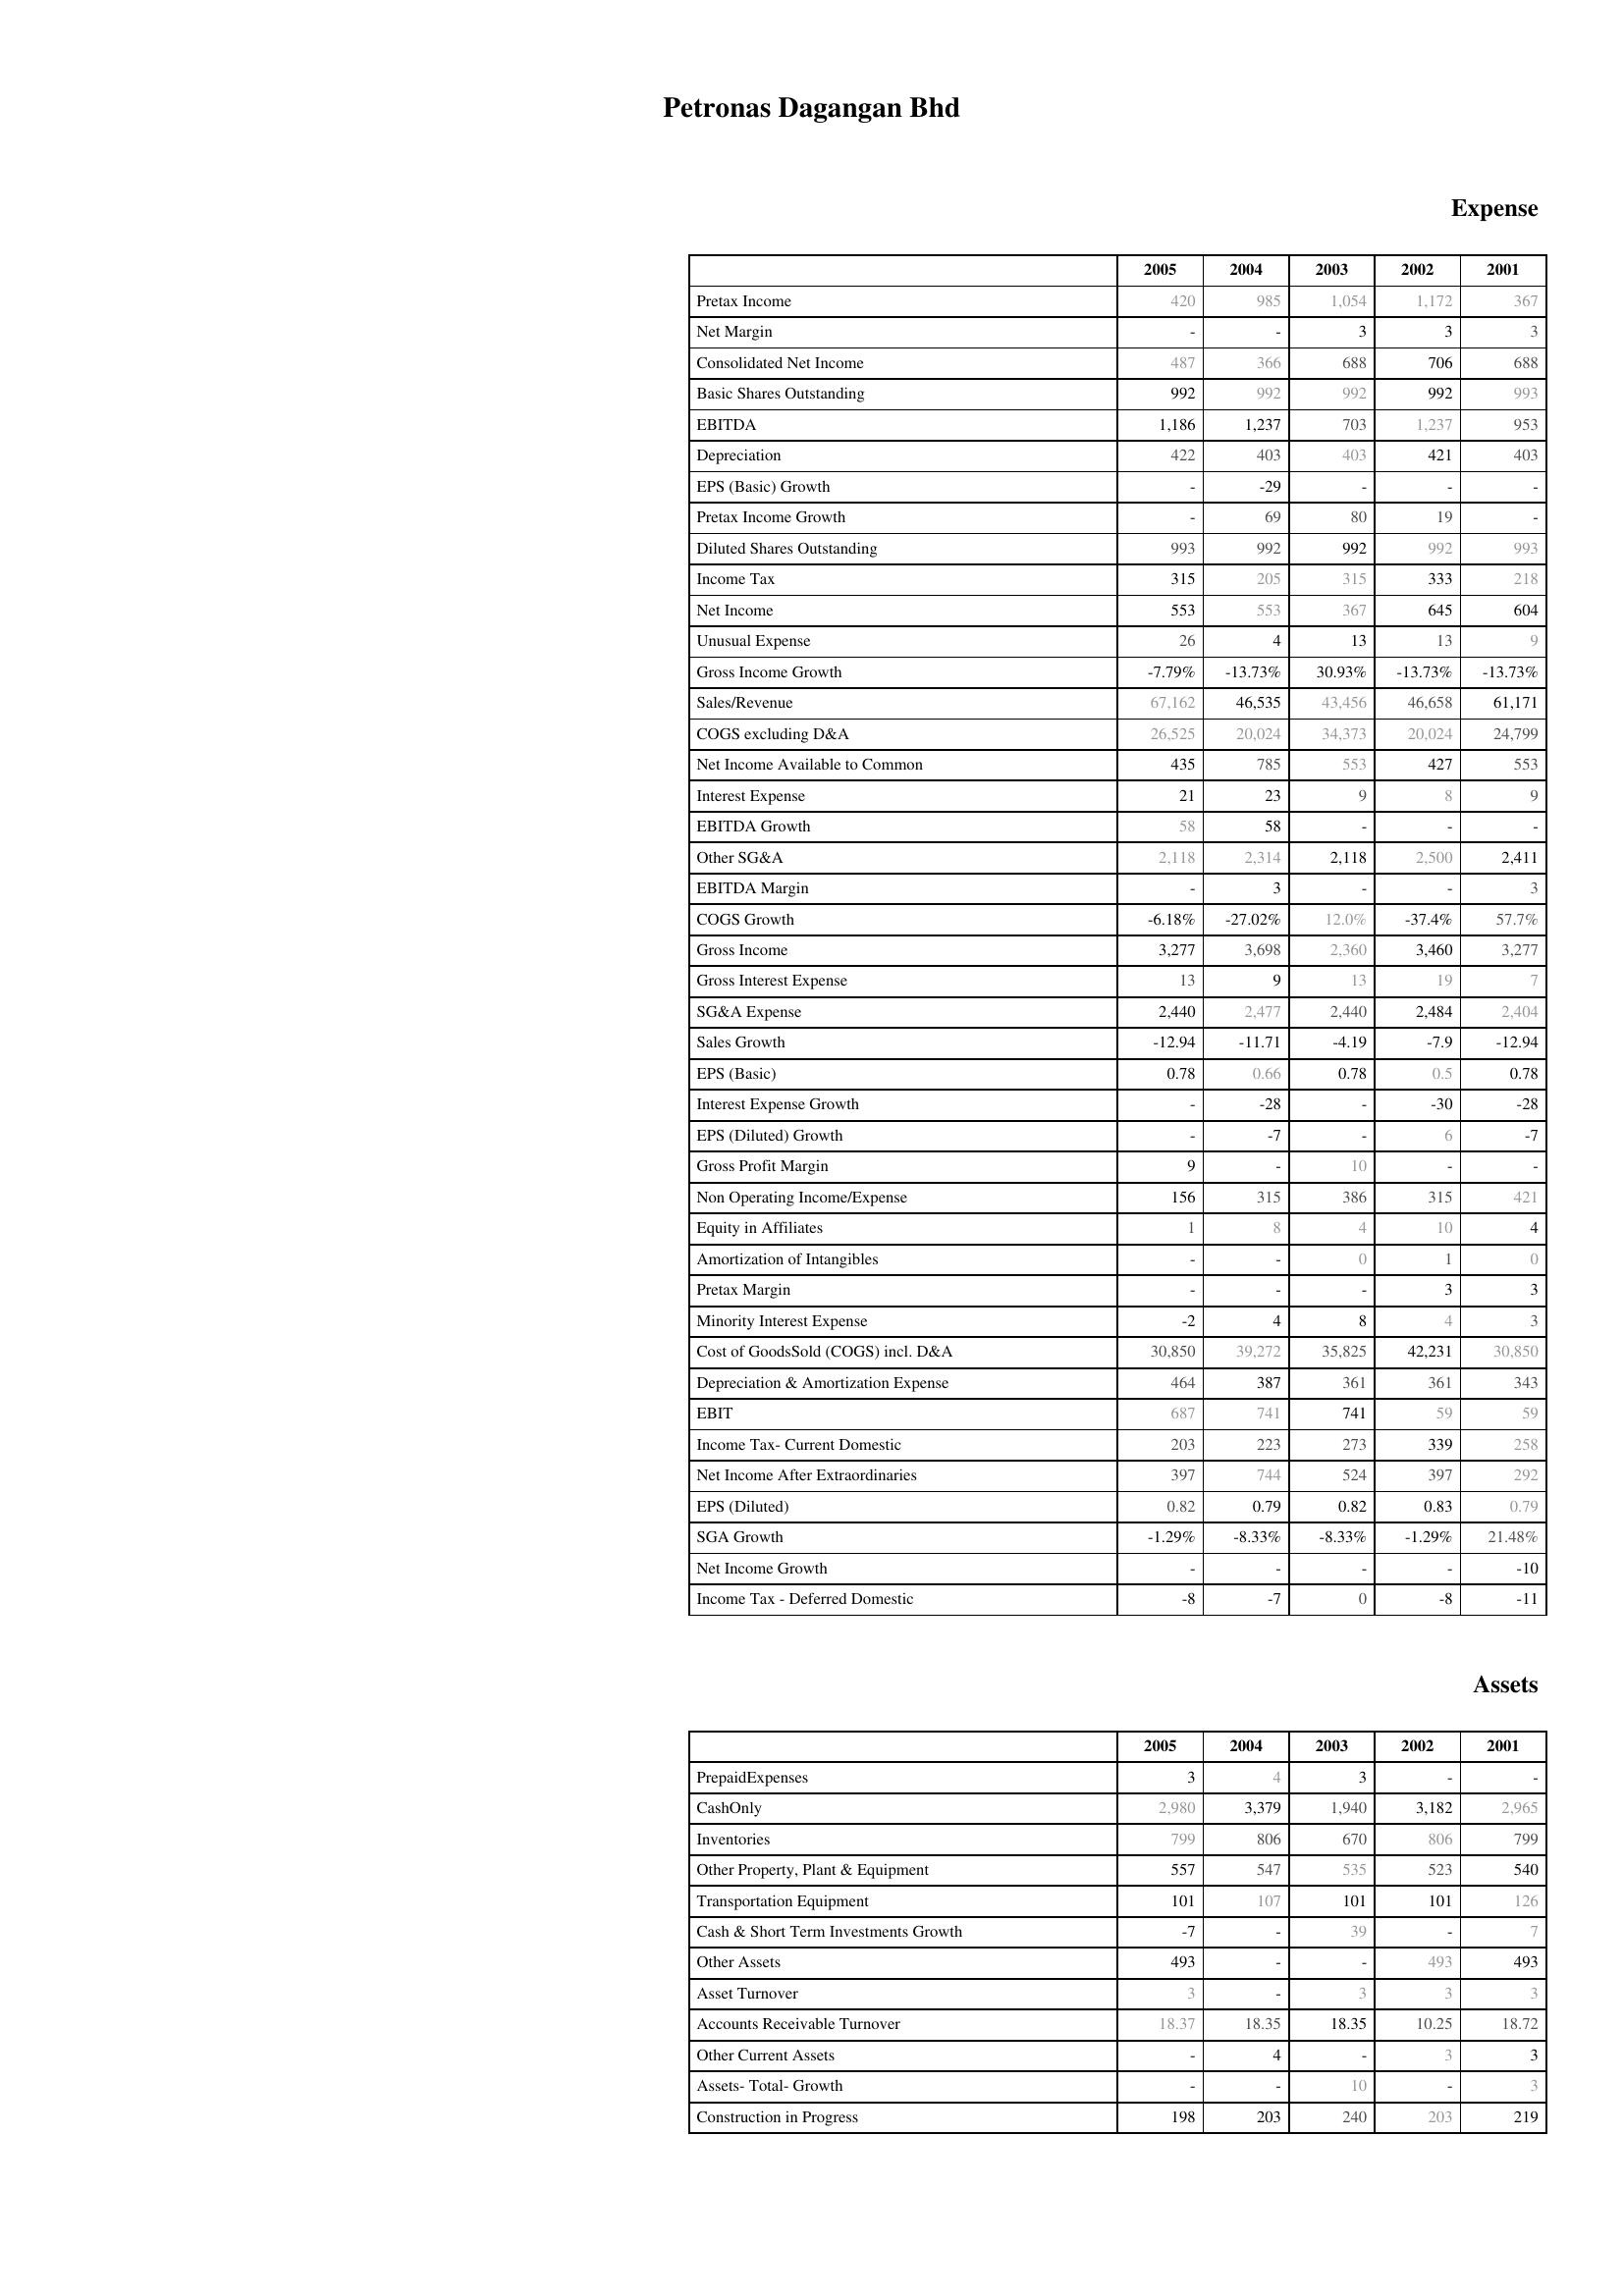
2005: Expense: Pretax Income: 420
Net Margin: -
Consolidated Net Income: 487
Basic Shares Outstanding: 992
EBITDA: 1,186
Depreciation: 422
EPS (Basic) Growth: -
Pretax Income Growth: -
Diluted Shares Outstanding: 993
Income Tax: 315
Net Income: 553
Unusual Expense: 26
Gross Income Growth: -7.79%
Sales/Revenue: 67,162
COGS excluding D&A: 26,525
Net Income Available to Common: 435
Interest Expense: 21
EBITDA Growth: 58
Other SG&A: 2,118
EBITDA Margin: -
COGS Growth: -6.18%
Gross Income: 3,277
Gross Interest Expense: 13
SG&A Expense: 2,440
Sales Growth: -12.94
EPS (Basic): 0.78
Interest Expense Growth: -
EPS (Diluted) Growth: -
Gross Profit Margin: 9
Non Operating Income/Expense: 156
Equity in Affiliates: 1
Amortization of Intangibles: -
Pretax Margin: -
Minority Interest Expense: -2
Cost of GoodsSold (COGS) incl. D&A: 30,850
Depreciation & Amortization Expense: 464
EBIT: 687
Income Tax- Current Domestic: 203
Net Income After Extraordinaries: 397
EPS (Diluted): 0.82
SGA Growth: -1.29%
Net Income Growth: -
Income Tax - Deferred Domestic: -8
Assets: PrepaidExpenses: 3
CashOnly: 2,980
Inventories: 799
Other Property, Plant & Equipment: 557
Transportation Equipment: 101
Cash & Short Term Investments Growth: -7
Other Assets: 493
Asset Turnover: 3
Accounts Receivable Turnover: 18.37
Other Current Assets: -
Assets- Total- Growth: -
Construction in Progress: 198
2004: Expense: Pretax Income: 985
Net Margin: -
Consolidated Net Income: 366
Basic Shares Outstanding: 992
EBITDA: 1,237
Depreciation: 403
EPS (Basic) Growth: -29
Pretax Income Growth: 69
Diluted Shares Outstanding: 992
Income Tax: 205
Net Income: 553
Unusual Expense: 4
Gross Income Growth: -13.73%
Sales/Revenue: 46,535
COGS excluding D&A: 20,024
Net Income Available to Common: 785
Interest Expense: 23
EBITDA Growth: 58
Other SG&A: 2,314
EBITDA Margin: 3
COGS Growth: -27.02%
Gross Income: 3,698
Gross Interest Expense: 9
SG&A Expense: 2,477
Sales Growth: -11.71
EPS (Basic): 0.66
Interest Expense Growth: -28
EPS (Diluted) Growth: -7
Gross Profit Margin: -
Non Operating Income/Expense: 315
Equity in Affiliates: 8
Amortization of Intangibles: -
Pretax Margin: -
Minority Interest Expense: 4
Cost of GoodsSold (COGS) incl. D&A: 39,272
Depreciation & Amortization Expense: 387
EBIT: 741
Income Tax- Current Domestic: 223
Net Income After Extraordinaries: 744
EPS (Diluted): 0.79
SGA Growth: -8.33%
Net Income Growth: -
Income Tax - Deferred Domestic: -7
Assets: PrepaidExpenses: 4
CashOnly: 3,379
Inventories: 806
Other Property, Plant & Equipment: 547
Transportation Equipment: 107
Cash & Short Term Investments Growth: -
Other Assets: -
Asset Turnover: -
Accounts Receivable Turnover: 18.35
Other Current Assets: 4
Assets- Total- Growth: -
Construction in Progress: 203
2003: Expense: Pretax Income: 1,054
Net Margin: 3
Consolidated Net Income: 688
Basic Shares Outstanding: 992
EBITDA: 703
Depreciation: 403
EPS (Basic) Growth: -
Pretax Income Growth: 80
Diluted Shares Outstanding: 992
Income Tax: 315
Net Income: 367
Unusual Expense: 13
Gross Income Growth: 30.93%
Sales/Revenue: 43,456
COGS excluding D&A: 34,373
Net Income Available to Common: 553
Interest Expense: 9
EBITDA Growth: -
Other SG&A: 2,118
EBITDA Margin: -
COGS Growth: 12.0%
Gross Income: 2,360
Gross Interest Expense: 13
SG&A Expense: 2,440
Sales Growth: -4.19
EPS (Basic): 0.78
Interest Expense Growth: -
EPS (Diluted) Growth: -
Gross Profit Margin: 10
Non Operating Income/Expense: 386
Equity in Affiliates: 4
Amortization of Intangibles: 0
Pretax Margin: -
Minority Interest Expense: 8
Cost of GoodsSold (COGS) incl. D&A: 35,825
Depreciation & Amortization Expense: 361
EBIT: 741
Income Tax- Current Domestic: 273
Net Income After Extraordinaries: 524
EPS (Diluted): 0.82
SGA Growth: -8.33%
Net Income Growth: -
Income Tax - Deferred Domestic: 0
Assets: PrepaidExpenses: 3
CashOnly: 1,940
Inventories: 670
Other Property, Plant & Equipment: 535
Transportation Equipment: 101
Cash & Short Term Investments Growth: 39
Other Assets: -
Asset Turnover: 3
Accounts Receivable Turnover: 18.35
Other Current Assets: -
Assets- Total- Growth: 10
Construction in Progress: 240
2002: Expense: Pretax Income: 1,172
Net Margin: 3
Consolidated Net Income: 706
Basic Shares Outstanding: 992
EBITDA: 1,237
Depreciation: 421
EPS (Basic) Growth: -
Pretax Income Growth: 19
Diluted Shares Outstanding: 992
Income Tax: 333
Net Income: 645
Unusual Expense: 13
Gross Income Growth: -13.73%
Sales/Revenue: 46,658
COGS excluding D&A: 20,024
Net Income Available to Common: 427
Interest Expense: 8
EBITDA Growth: -
Other SG&A: 2,500
EBITDA Margin: -
COGS Growth: -37.4%
Gross Income: 3,460
Gross Interest Expense: 19
SG&A Expense: 2,484
Sales Growth: -7.9
EPS (Basic): 0.5
Interest Expense Growth: -30
EPS (Diluted) Growth: 6
Gross Profit Margin: -
Non Operating Income/Expense: 315
Equity in Affiliates: 10
Amortization of Intangibles: 1
Pretax Margin: 3
Minority Interest Expense: 4
Cost of GoodsSold (COGS) incl. D&A: 42,231
Depreciation & Amortization Expense: 361
EBIT: 59
Income Tax- Current Domestic: 339
Net Income After Extraordinaries: 397
EPS (Diluted): 0.83
SGA Growth: -1.29%
Net Income Growth: -
Income Tax - Deferred Domestic: -8
Assets: PrepaidExpenses: -
CashOnly: 3,182
Inventories: 806
Other Property, Plant & Equipment: 523
Transportation Equipment: 101
Cash & Short Term Investments Growth: -
Other Assets: 493
Asset Turnover: 3
Accounts Receivable Turnover: 10.25
Other Current Assets: 3
Assets- Total- Growth: -
Construction in Progress: 203
2001: Expense: Pretax Income: 367
Net Margin: 3
Consolidated Net Income: 688
Basic Shares Outstanding: 993
EBITDA: 953
Depreciation: 403
EPS (Basic) Growth: -
Pretax Income Growth: -
Diluted Shares Outstanding: 993
Income Tax: 218
Net Income: 604
Unusual Expense: 9
Gross Income Growth: -13.73%
Sales/Revenue: 61,171
COGS excluding D&A: 24,799
Net Income Available to Common: 553
Interest Expense: 9
EBITDA Growth: -
Other SG&A: 2,411
EBITDA Margin: 3
COGS Growth: 57.7%
Gross Income: 3,277
Gross Interest Expense: 7
SG&A Expense: 2,404
Sales Growth: -12.94
EPS (Basic): 0.78
Interest Expense Growth: -28
EPS (Diluted) Growth: -7
Gross Profit Margin: -
Non Operating Income/Expense: 421
Equity in Affiliates: 4
Amortization of Intangibles: 0
Pretax Margin: 3
Minority Interest Expense: 3
Cost of GoodsSold (COGS) incl. D&A: 30,850
Depreciation & Amortization Expense: 343
EBIT: 59
Income Tax- Current Domestic: 258
Net Income After Extraordinaries: 292
EPS (Diluted): 0.79
SGA Growth: 21.48%
Net Income Growth: -10
Income Tax - Deferred Domestic: -11
Assets: PrepaidExpenses: -
CashOnly: 2,965
Inventories: 799
Other Property, Plant & Equipment: 540
Transportation Equipment: 126
Cash & Short Term Investments Growth: 7
Other Assets: 493
Asset Turnover: 3
Accounts Receivable Turnover: 18.72
Other Current Assets: 3
Assets- Total- Growth: 3
Construction in Progress: 219